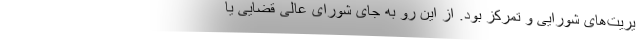
یریت‌های شورایی و تمرکز بود. از این رو به جای شورای عالی قضایی یا